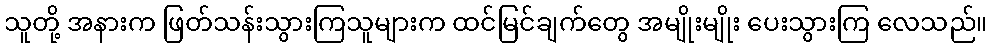
သူတို့ အနားက ဖြတ်သန်းသွားကြသူများက ထင်မြင်ချက်တွေ အမျိုးမျိုး ပေးသွားကြ လေသည်။